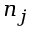
n _ { j }